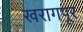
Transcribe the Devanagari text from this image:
खरागपूर